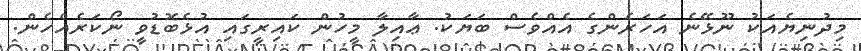
މިދުނިޔެއަކު ނޫޅޭނެ އަހަރެންގެ އެއްވެސް ބަޔަކު. ޢާއިލާ މީހުން ކައިރީގައި އުޅެބޮޑުވީ ނޯކަރެއްހެން.